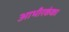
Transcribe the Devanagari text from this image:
आभीरकंका